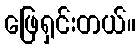
ဖြေရှင်းတယ်။